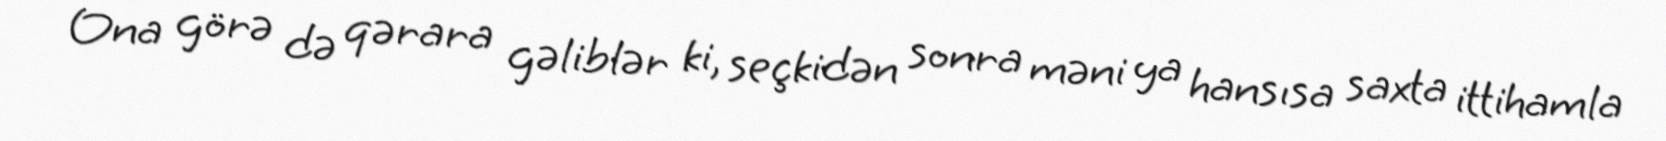
Ona görə də qərara gəliblər ki, seçkidən sonra məni ya hansısa saxta ittihamla